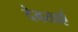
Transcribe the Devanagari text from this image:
देवताएं